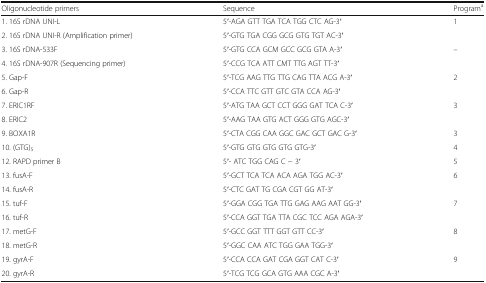
<table><thead><tr><td><b>Oligonucleotide primers</b></td><td><b>Sequence</b></td><td><b>Program<sup>a</sup></b></td></tr></thead><tbody><tr><td>1. 16S rDNA UNI-L</td><td>5′-AGA GTT TGA TCA TGG CTC AG-3′</td><td rowspan="2">1</td></tr><tr><td>2. 16S rDNA UNI-R (Amplification primer)</td><td>5′-GTG TGA CGG GCG GTG TGT AC-3′</td></tr><tr><td>3. 16S rDNA-533F</td><td>5′-GTG CCA GCM GCC GCG GTA A-3′</td><td rowspan="2">–</td></tr><tr><td>4. 16S rDNA-907R (Sequencing primer)</td><td>5′-CCG TCA ATT CMT TTG AGT TT-3′</td></tr><tr><td>5. Gap-F</td><td>5′-TCG AAG TTG TTG CAG TTA ACG A-3′</td><td rowspan="2">2</td></tr><tr><td>6. Gap-R</td><td>5′-CCA TTC GTT GTC GTA CCA AG-3′</td></tr><tr><td>7. ERIC1RF</td><td>5′-ATG TAA GCT CCT GGG GAT TCA C-3′</td><td rowspan="2">3</td></tr><tr><td>8. ERIC2</td><td>5′-AAG TAA GTG ACT GGG GTG AGC-3′</td></tr><tr><td>9. BOXA1R</td><td>5′-CTA CGG CAA GGC GAC GCT GAC G-3′</td><td>3</td></tr><tr><td>10. (GTG)<sub>5</sub></td><td>5′-GTG GTG GTG GTG GTG-3′</td><td>4</td></tr><tr><td>12. RAPD primer B</td><td>5′- ATC TGG CAG C − 3′</td><td>5</td></tr><tr><td>13. fusA-F</td><td>5′-GCT TCA TCA ACA AGA TGG AC-3′</td><td rowspan="2">6</td></tr><tr><td>14. fusA-R</td><td>5′-CTC GAT TG CGA CGT GG AT-3′</td></tr><tr><td>15. tuf-F</td><td>5′-GGA CGG TGA TTG GAG AAG AAT GG-3′</td><td rowspan="2">7</td></tr><tr><td>16. tuf-R</td><td>5′-CCA GGT TGA TTA CGC TCC AGA AGA-3′</td></tr><tr><td>17. metG-F</td><td>5′-GCC GGT TTT GGT GTT CC-3′</td><td rowspan="2">8</td></tr><tr><td>18. metG-R</td><td>5′-GGC CAA ATC TGG GAA TGG-3′</td></tr><tr><td>19. gyrA-F</td><td>5′-CCA CCA GAT CGA GGT CAT C-3′</td><td rowspan="2">9</td></tr><tr><td>20. gyrA-R</td><td>5′-TCG TCG GCA GTG AAA CGC A-3′</td></tr></tbody></table>